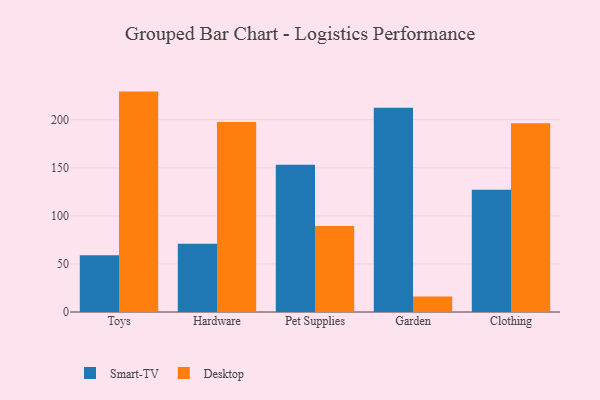
{"axis": {"x": "Category", "y": "Humidity (%)"}, "legend": ["Desktop", "Smart-TV"], "data": [{"x": "Toys", "y": 59.0, "type": "Smart-TV"}, {"x": "Toys", "y": 229.2, "type": "Desktop"}, {"x": "Hardware", "y": 70.9, "type": "Smart-TV"}, {"x": "Hardware", "y": 197.5, "type": "Desktop"}, {"x": "Pet Supplies", "y": 153.1, "type": "Smart-TV"}, {"x": "Pet Supplies", "y": 89.4, "type": "Desktop"}, {"x": "Garden", "y": 212.3, "type": "Smart-TV"}, {"x": "Garden", "y": 16.0, "type": "Desktop"}, {"x": "Clothing", "y": 127.2, "type": "Smart-TV"}, {"x": "Clothing", "y": 196.4, "type": "Desktop"}]}